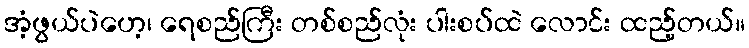
အံ့ဖွယ်ပဲဟေ့၊ ရေစည်ကြီး တစ်စည်လုံး ပါးစပ်ထဲ လောင်း ထည့်တယ်။